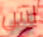
لس